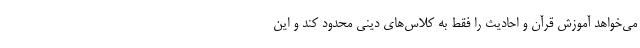
می‌خواهد آموزش قرآن و احادیث را فقط به کلاس‌های دینی محدود کند و این